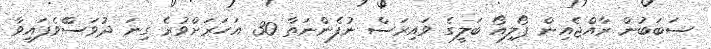
ސަބަބުން ރާއްޖެއިން ޕޯލިއޯ ބަލީގެ ވައިރަސް ނުފެންނަތާ 30 އަހަރަށްވުރެ ގިނަ ދުވަސްެވެފައިވާ